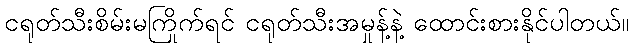
ငရုတ်သီးစိမ်းမကြိုက်ရင် ငရုတ်သီးအမှုန့်နဲ့ ထောင်းစားနိုင်ပါတယ်။